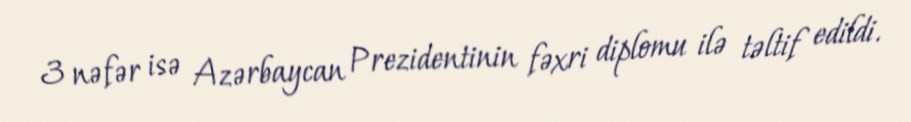
3 nəfər isə Azərbaycan Prezidentinin fəxri diplomu ilə təltif edildi.